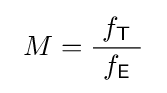
\ M={\frac {\ f_{\mathsf {T}}\ }{f_{\mathsf {E}}}}\